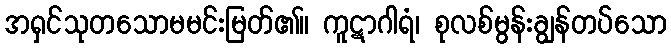
အရှင်သုတသောမမင်းမြတ်၏။ ကူဋာဂါရံ၊ စုလစ်မွန်းချွန်တပ်သော